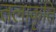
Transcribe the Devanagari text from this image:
तलाकृति